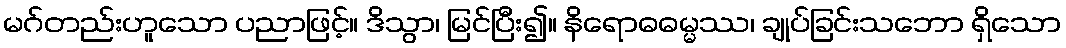
မဂ်တည်းဟူသော ပညာဖြင့်။ ဒိသွာ၊ မြင်ပြီး၍။ နိရောဓဓမ္မဿ၊ ချုပ်ခြင်းသဘော ရှိသော